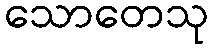
သောတေသု